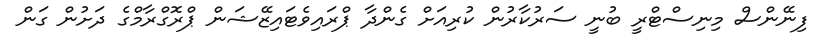
ފިނޭންސް މިނިސްޓްރީ ބުނީ ސަރުކާރުން ކުރިއަށް ގެންދާ ޕްރައިވެޓައިޒޭޝަން ޕްރޮގްރާމްގެ ދަށުން ގަން